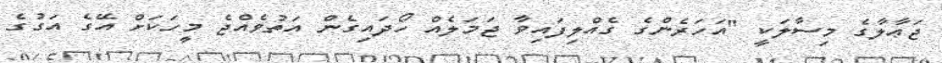
ޖަޢާލާގެ މިސާލަކީ ''އަހަރެންގެ ގެއްލިފައިވާ ޖަމަލެއް ހޯދައިގެން އަތުވެއްޖެ މީހަކަށް އޭގެ އަގުގެ